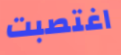
اغتصبت